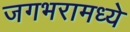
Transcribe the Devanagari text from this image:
जगभरामध्ये